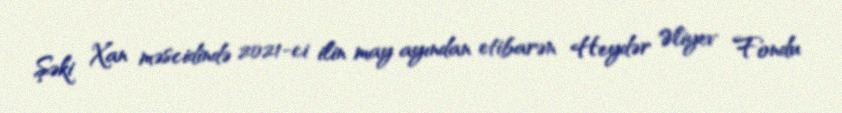
Şəki Xan məscidində 2021-ci ilin may ayından etibarən Heydər Əliyev Fondu